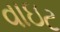
વાઇટ